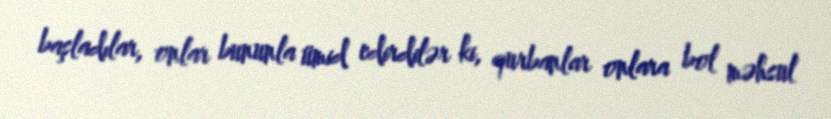
başladılar, onlar bununla ümid edirdilər ki, qurbanlar onlara bol məhsul